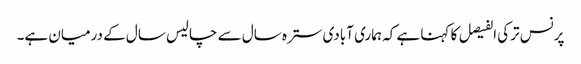
پرنس ترکی الفیصل کا کہنا ہے کہ ہماری آبادی سترہ سال سے چالیس سال کے درمیان ہے۔